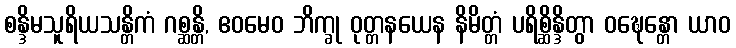
စန္ဒိမသူရိယသန္တိကံ ဂစ္ဆန္တိ, ဧဝမေဝ ဘိက္ခု ဝုတ္တနယေန နိမိတ္တံ ပရိစ္ဆိန္ဒိတွာ ဝဍ္ဎေန္တော ယာဝ